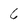
Character: 6